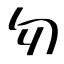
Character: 勿